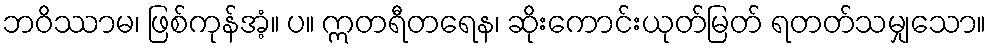
ဘဝိဿာမ၊ ဖြစ်ကုန်အံ့။ ပ။ ဣတရီတရေန၊ ဆိုးကောင်းယုတ်မြတ် ရတတ်သမျှသော။